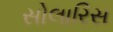
સોલારિસ